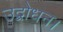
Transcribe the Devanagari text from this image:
उद्बोधन।